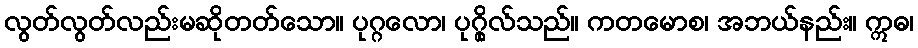
လွတ်လွတ်လည်းမဆိုတတ်သော။ ပုဂ္ဂလော၊ ပုဂ္ဂိုလ်သည်။ ကတမောစ၊ အဘယ်နည်း။ ဣဓ၊